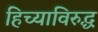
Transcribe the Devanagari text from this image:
हिच्याविरुद्ध